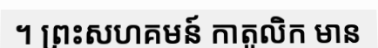
។ ព្រះសហគមន៍ កាតូលិក មាន